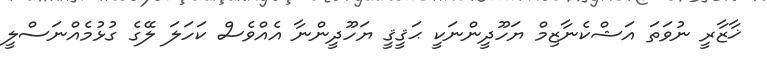
ޚާޒާރީ ނުވަތަ އަޝްކެނާޒިމް ޔަހޫދީންނަކީ ޙަޤީޤީ ޔަހޫދީންނާ އެއްވެސް ކަހަލަ ލޭގެ ގުޅުމެއްނަސްލީ